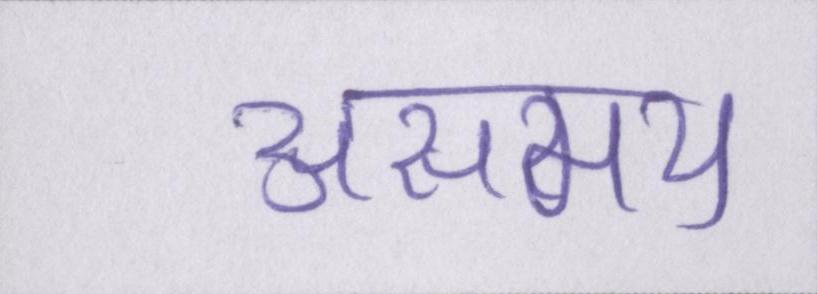
असमय